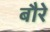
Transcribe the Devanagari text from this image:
बौरे